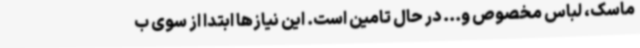
ماسک، لباس مخصوص و... در حال تامین است. این نیازها ابتدا از سوی ب